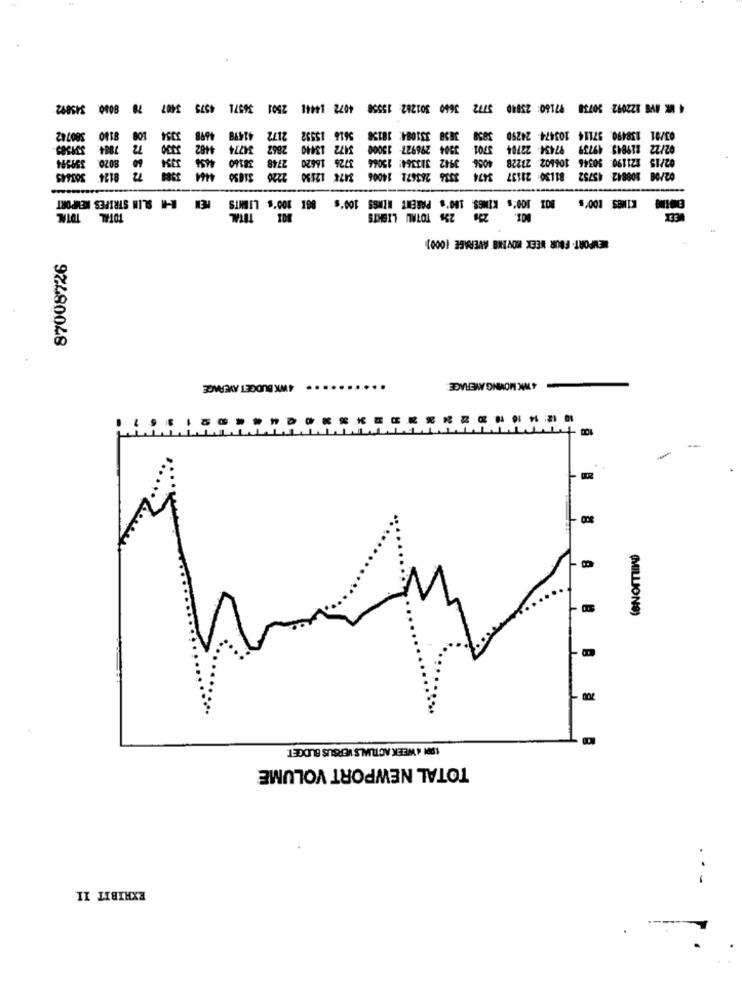
4 WK AVS 122092: 50738 97160: 23840 3772 3660 301282 15558 4072 14441 2501 36571 4575 3407 78 8080 345892
380742
8180
100
3354
4698
41499
5616 15552 2172
. 37114 103474 24250 3858 3658 331084: 18158
03/01 158490.
331585
7884:
4482 3330
3472 13440 2862 34774
02/22 119849 49739 97454 22704 3701 3504 296927 13000
3726 16620 2748 38160 4656 3354 60 8070
02/15 121190: 50346 106602. 27228 4056: 3942 313364: 15066
359594
72 8124
31030 4464 3989
02/00 108842: 45752 81130 21137 3474 1336 263672 14006 3474 12150 2226
BOX 100's KIMSS: 100's PARENT WINGS 100's 861 100's LIGHTS MEN #-# SLIM STRIPES NEWPORT
KIMES: 100's
TOTAL TOTAL
BOI TOTAL
BOX. 258 23% TOTAL LIGHTS
NEMPORT. FOUR WEEK MOVING AVERAGE (000)
87008726
4 WK BUDGET AVERAGE
4 WIC MOVING AVERAGE
10 12: 14 16 10.2
(MILLIONS)
199 4 WEEK ACTUALS VERSUS BUDGET.
TOTAL NEWPORT VOLUME
EXHIBIT II
...